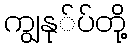
ကျွနု်ပ်တို့